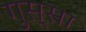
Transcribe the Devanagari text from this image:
गुस्‍सा